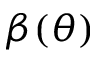
\beta ( \theta )